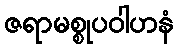
ဇရာမစ္စုပဝါဟနံ